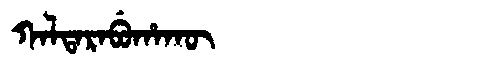
Manchu: ᡴᠠᠯᡨᠠᡵᠠᠪᡠᡥᠠᡴᡡ
Romanization: KALTARABUHAKŪ